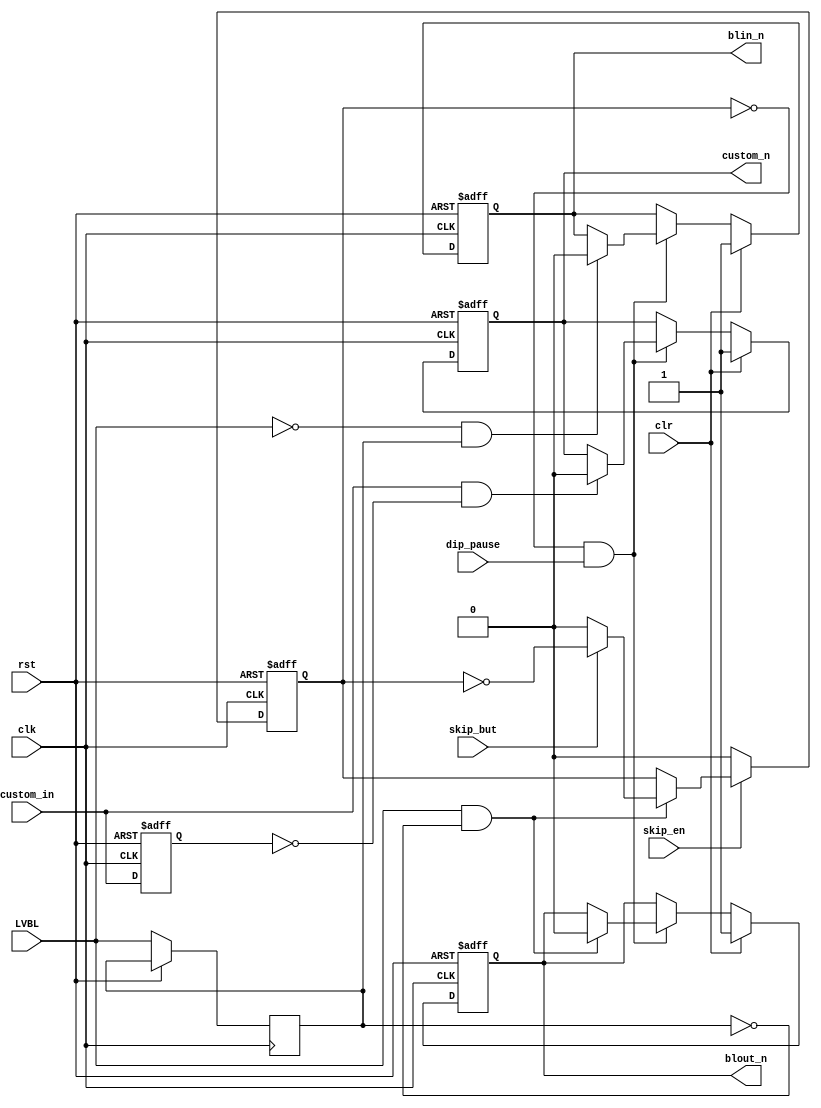
// This program was cloned from: https://github.com/atrac17/Toaplan2
// License: GNU General Public License v3.0

/*  This file is part of JT_FRAME.
    JTFRAME program is free software: you can redistribute it and/or modify
    it under the terms of the GNU General Public License as published by
    the Free Software Foundation, either version 3 of the License, or
    (at your option) any later version.

    JTFRAME program is distributed in the hope that it will be useful,
    but WITHOUT ANY WARRANTY; without even the implied warranty of
    MERCHANTABILITY or FITNESS FOR A PARTICULAR PURPOSE.  See the
    GNU General Public License for more details.

    You should have received a copy of the GNU General Public License
    along with JTFRAME.  If not, see <http://www.gnu.org/licenses/>.

    Author: Jose Tejada Gomez. Twitter: @topapate
    Version: 1.0
    Date: 9-4-2021 */

module jtframe_virq(
    input      rst,
    input      clk,
    input      LVBL,
    input      dip_pause,
    input      skip_en,        // enable slow motion (if button pressed)
    input      skip_but,       // button press for slow motion

    input      clr,            // clear the interrupt
    input      custom_in,      // trigger the custom interrupt
    output reg blin_n,         // low when entering VBLANK
    output reg blout_n,        // low when leaving  VBLANK
    output reg custom_n        // custom condition
);

reg last_LVBL, last_cin, skip;

always @(posedge clk, posedge rst) begin : int_gen
    if( rst ) begin
        custom_n <= 1;
        blin_n   <= 1;
        blout_n  <= 1;
        last_cin <= 0;
        skip     <= 0;
    end else begin
        last_LVBL <= LVBL;
        last_cin  <= custom_in;

        if( !skip_en) begin
            skip <= 0;
        end else begin
            if( LVBL && !last_LVBL ) begin
                if( skip_but )
                    skip <= ~skip;
                else
                    skip <= 0;
            end
        end

        if( clr ) begin
            custom_n <= 1;
            blin_n   <= 1;
            blout_n  <= 1;
        end else if( !skip && dip_pause ) begin
            if( custom_in && !last_cin ) custom_n <= 0;
            if( !LVBL &&  last_LVBL    ) blin_n   <= 0;
            if(  LVBL && !last_LVBL    ) blout_n  <= 0;
        end
    end
end

endmodule